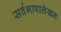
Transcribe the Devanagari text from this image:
सर्वभाषालेखन